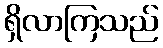
ရှိလာကြသည်